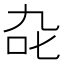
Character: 𭇍